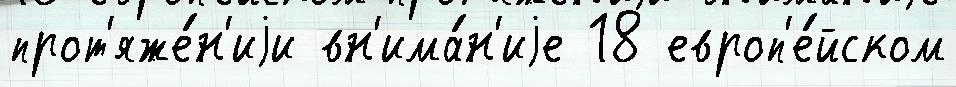
прот'яже́н'иjи вн'има́н'иjе 18 европ'е́йском